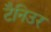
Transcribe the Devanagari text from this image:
टैनिउर